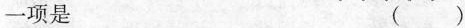
一项是 （）